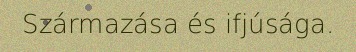
Származása és ifjúsága.